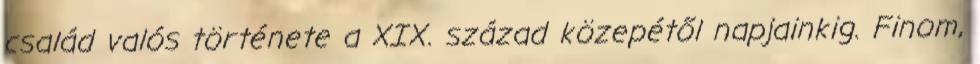
család valós története a XIX. század közepétől napjainkig. Finom,